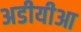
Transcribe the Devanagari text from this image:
अडीयीआ